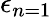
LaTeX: \epsilon_{n=1}